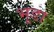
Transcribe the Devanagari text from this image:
भूडा